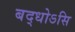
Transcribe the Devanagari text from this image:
बद्धोऽसि